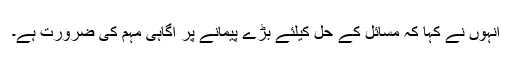
انہوں نے کہا کہ مسائل کے حل کیلئے بڑے پیمانے پر آگاہی مہم کی ضرورت ہے۔